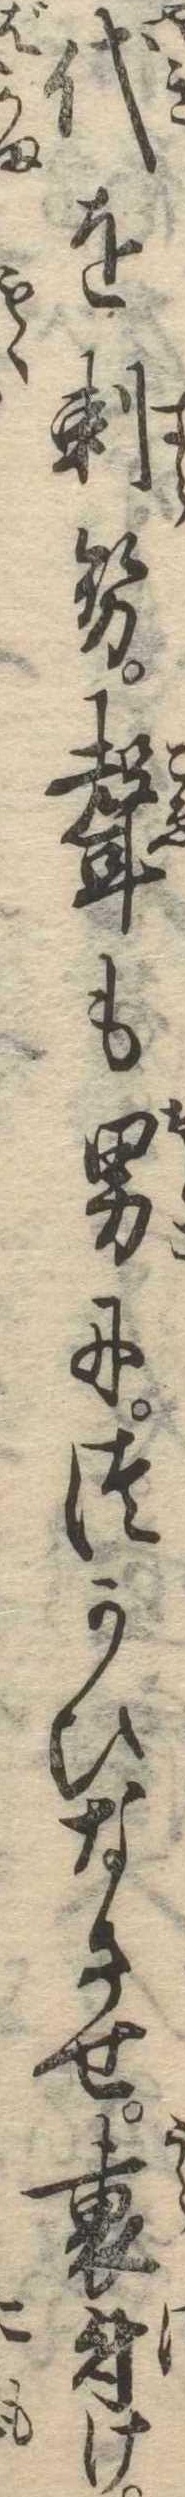
代を剃せ声も男につかひなさせ裏付け